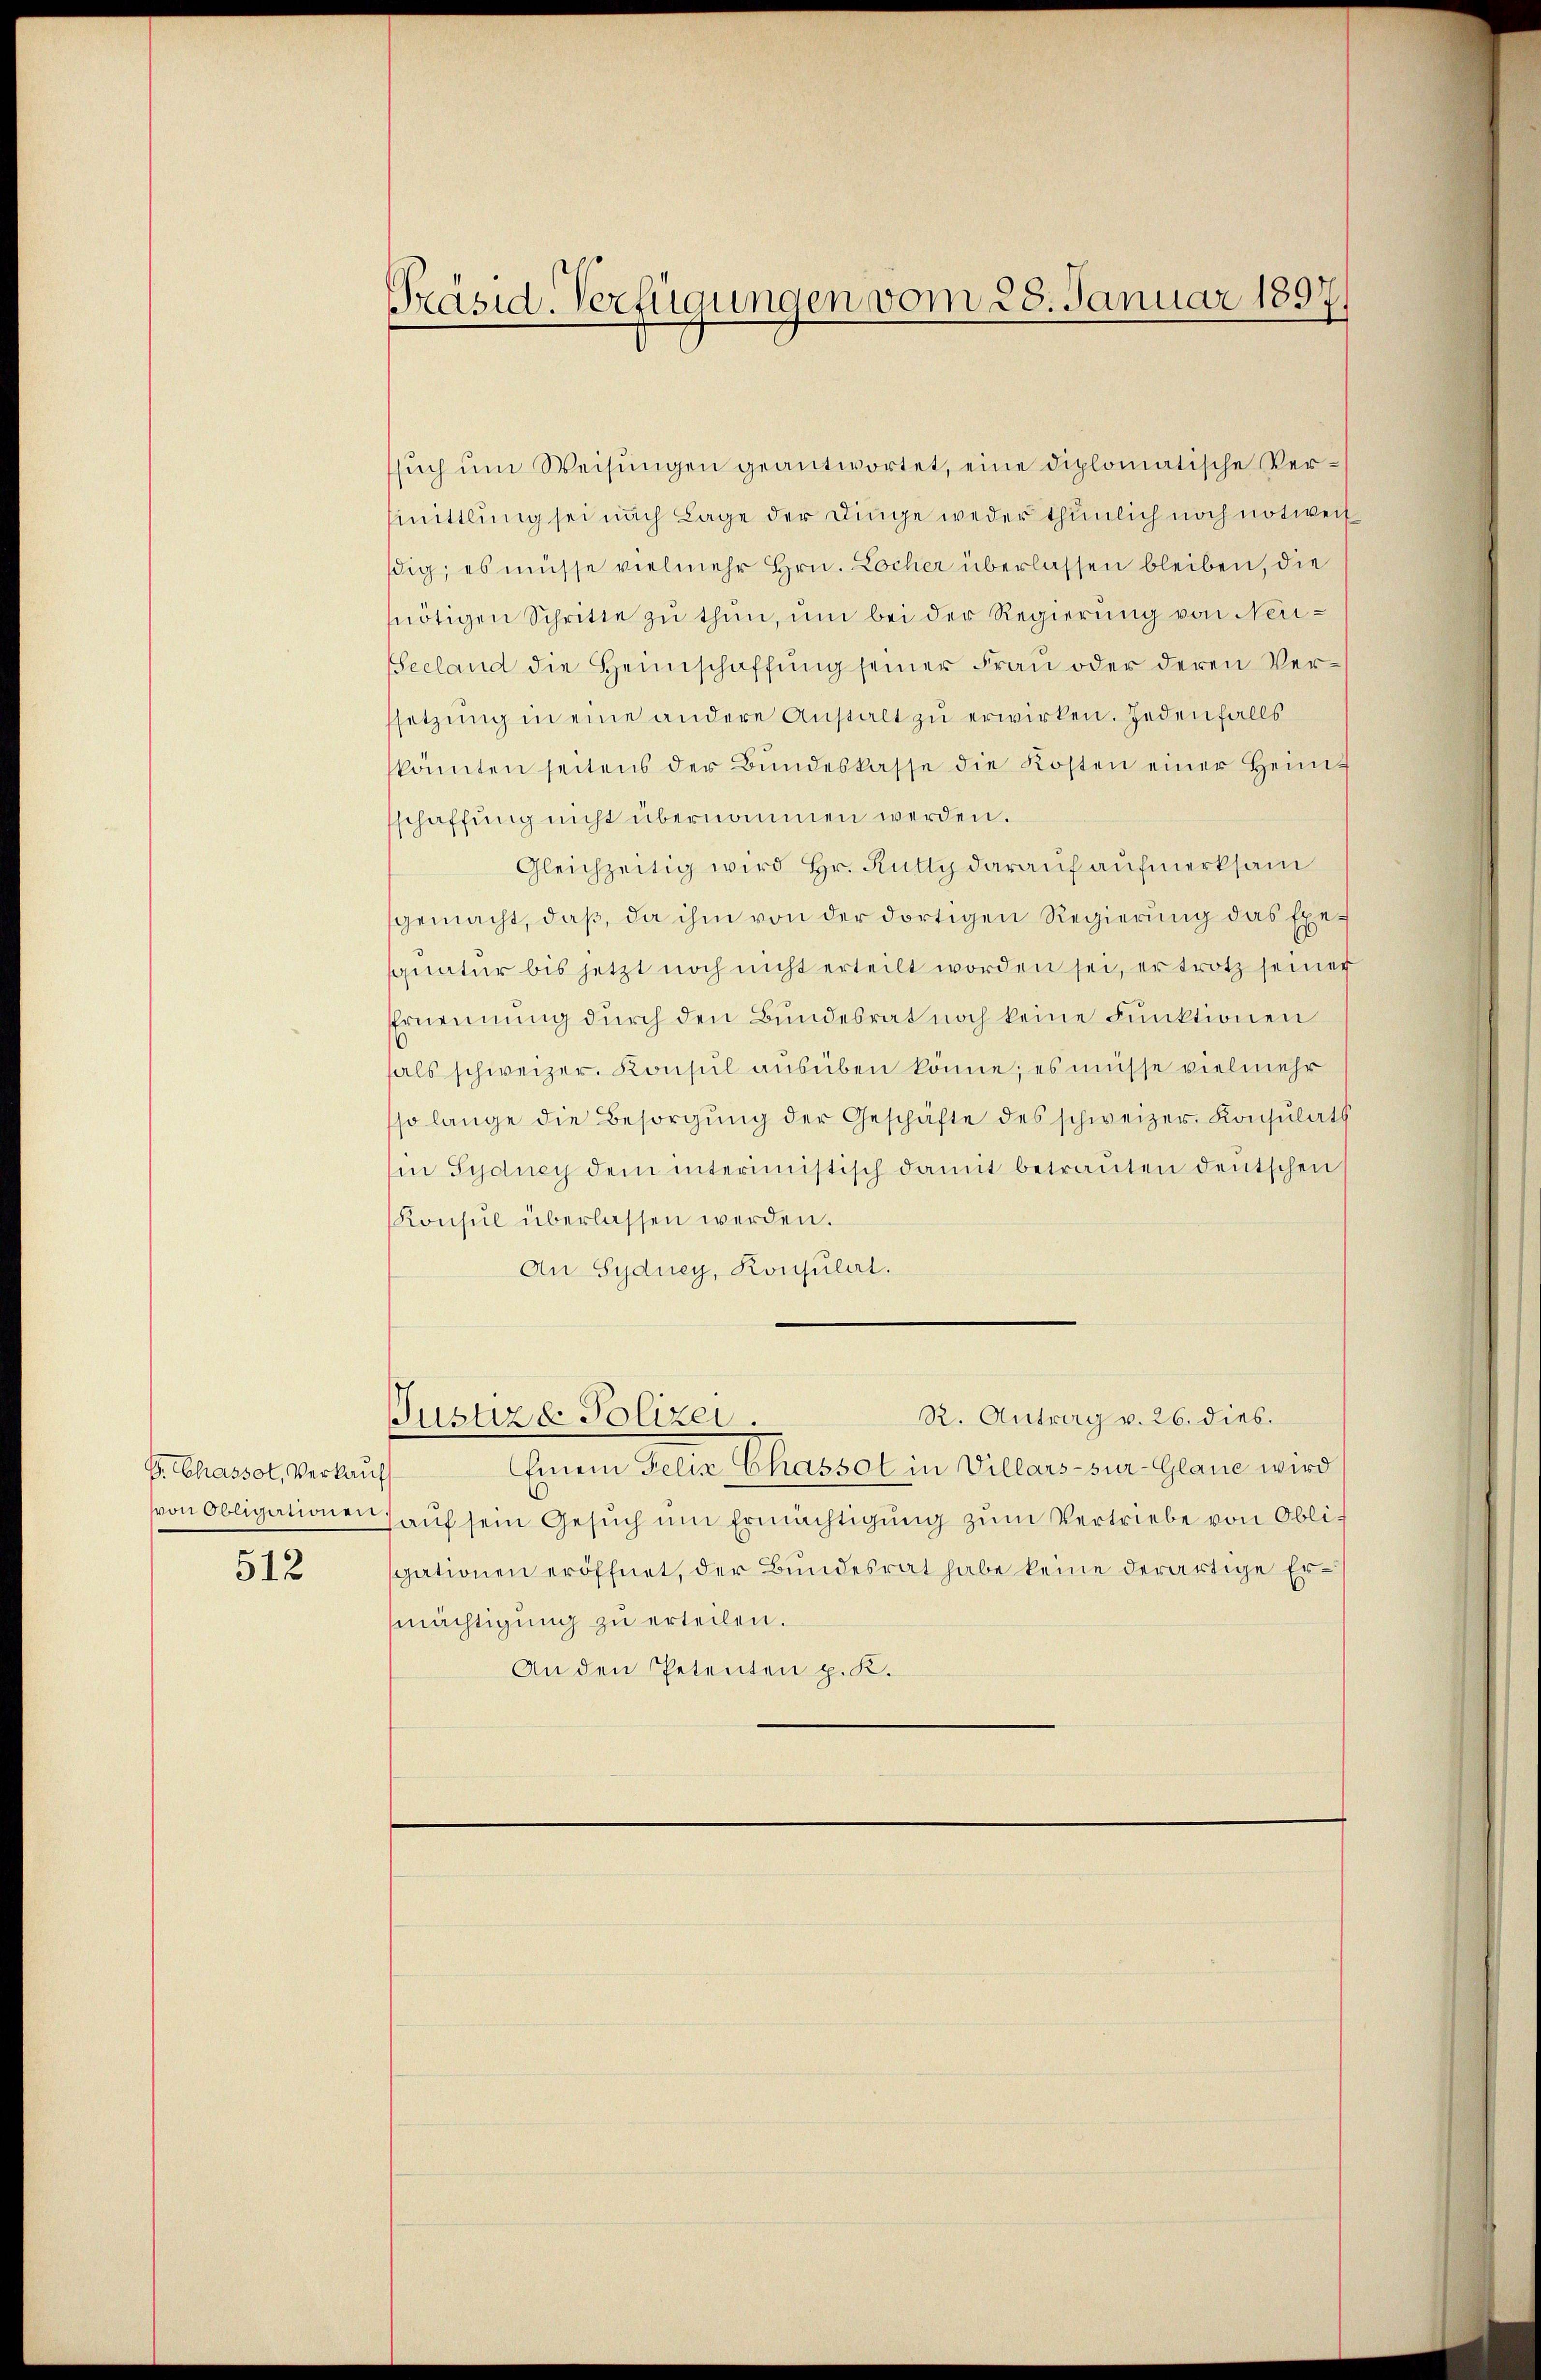
P. Chassot, Verkauf

512

Präsid. Verfügungen vom 28. Januar 1897/

sŭch ŭm Weisŭngen geantwortet, eine diplomatische Vermmittlung sei nach Lage der Dinge weder thunlich noch notweil
dig; es müsse vielmehr Hrn. Locher überlassen bleiben, die
nötigen Schritte zŭ thun, um bei der Regierung von Neu¬
Secland die Heimschaffung seiner Frau oder deren Verssetzŭng in eine andere Anstalt zu erwirken. Jedenfalls
könnten seitens der Bŭndeskasse die Kosten einer Heimt
sschaffung nicht übernommen werden.
Gleichzeitig wird Hr. Rütty darauf aufmerksam
gemacht, daß, da ihm von der dortigen Regierung das Exesquatur bis jetzt noch nicht erteilt worden sei, er trotz seiner
Ernennung durch den Bundesrat noch keine Funktionen
fals schweizer. Konsul ausüben könne; es müsse vielmehr
so lange die Besorgŭng der Geschäfte des schweizer. Konsulats
(in Sydney dem interimistisch damit betrauten deutschen
Konsul überlassen werden.
An Sydney, Konsulat.

Einem Felix Chassot in Villars-sur-Glane wird
von Obligationen aŭf sein Gesŭch ŭm Ermächtigŭng zŭm Vertriebe von Obliscationen eröffnet, der Bundesrat habe keine derartige Ermächtigung zu erteilen.
An den Petenten p. K.

R. Antrag v. 26. dies.
Justiz & Polizei.